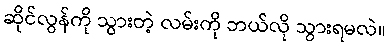
ဆိုင်လွန်ကို သွားတဲ့ လမ်းကို ဘယ်လို သွားရမလဲ။